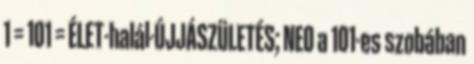
1 = 101 = ÉLET-halál-ÚJJÁSZÜLETÉS; NEO a 101-es szobában